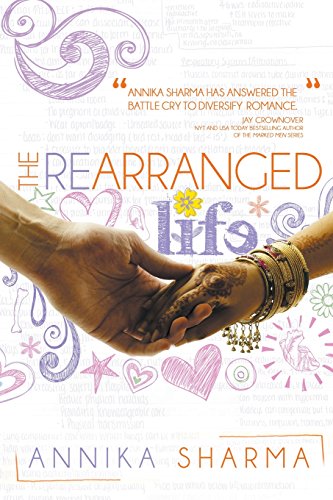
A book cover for The Rearranged Life; Annika Sharma; Romance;